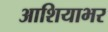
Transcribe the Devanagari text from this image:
आशियाभर